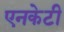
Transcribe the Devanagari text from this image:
एनकेटी